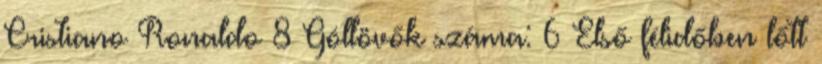
Cristiano Ronaldo 8 Góllövők száma: 6 Első félidőben lőtt